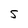
Character: s